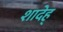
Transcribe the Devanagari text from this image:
शादेह्